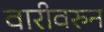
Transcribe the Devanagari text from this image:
वारीवरुन